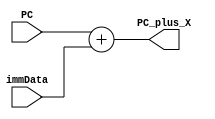
`timescale 1ns / 1ps
//////////////////////////////////////////////////////////////////////////////////
// Company: 
// Engineer: 
// 
// Design Name: 
// Module Name: PC_plus_X_adder
// Project Name: 
// Target Devices: 
// Tool Versions: 
// Description: 
// 
// Dependencies: 
// 
// Revision:
// Revision 0.01 - File Created
// Additional Comments:
// 
//////////////////////////////////////////////////////////////////////////////////


module PC_plus_X_adder(
    input [31:0] PC,
    input [31:0] immData,
    output [31:0] PC_plus_X
    );
    
    assign PC_plus_X = PC + immData;
    
endmodule